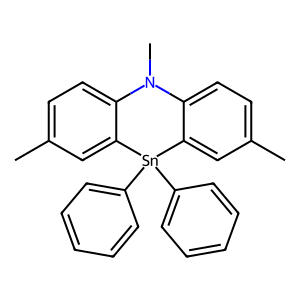
SMILES: Cc1ccc2c(c1)[Sn](c1ccccc1)(c1ccccc1)c1cc(C)ccc1N2C
Inhibits HIV replication: No